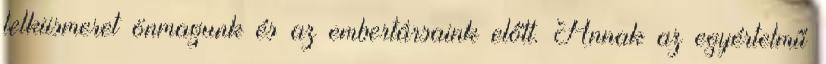
lelkiismeret önmagunk és az embertársaink előtt. Annak az egyértelmű